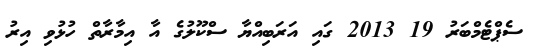
ސެޕްޓެމްބަރު 19 2013 ގައި އަރަބިއްޔާ ސްކޫލުގެ އާ އިމާރާތް ހުޅުވި އިރު